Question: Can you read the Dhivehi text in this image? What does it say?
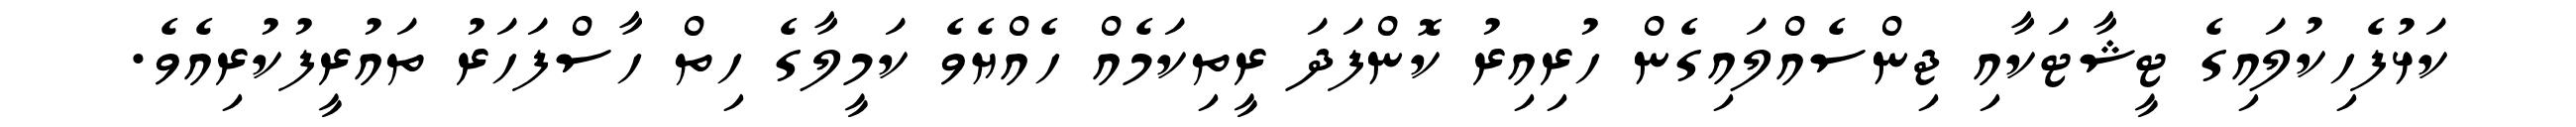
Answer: ކަޅުފެހިކުލައިގެ ޓީޝާޓަކާއި ޖިންސެއްލައިގެން ހުރިއިރު ކޮންފަދަ ރީތިކަމެއް ހެއްޔެވެ ކަމީލާގެ ހިތް ހާސްފަހަރު ތައުރީފުކުރިއެވެ.